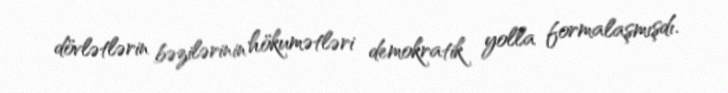
dövlətlərin bəzilərinin hökumətləri demokratik yolla formalaşmışdı.